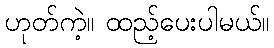
ဟုတ်ကဲ့။ ထည့်ပေးပါမယ်။